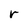
Character: r